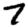
Digit: 7